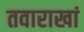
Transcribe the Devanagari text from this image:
तवाराखां